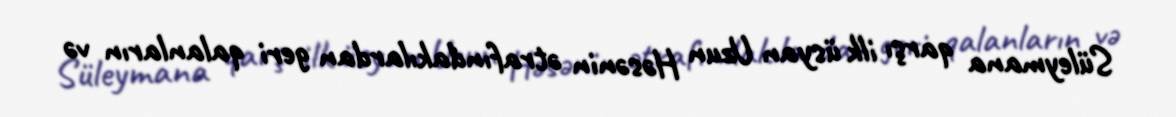
Süleymana qarşı ilk üsyan Uzun Həsənin ətrafındakılardan geri qalanların və